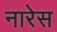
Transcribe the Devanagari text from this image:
नारेस